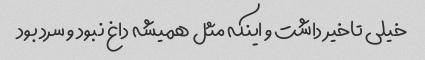
خیلی تاخیر داشت و اینکه مثل همیشه داغ نبود و سرد بود